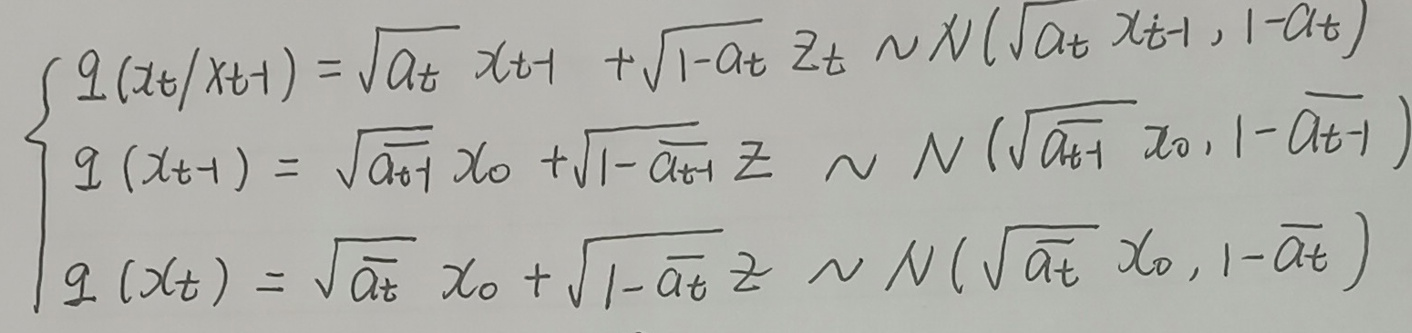
\[
\begin{cases}
q(x_t / x_{t - 1}) = \sqrt{\alpha_t} x_{t - 1} + \sqrt{1 - \alpha_t} z_t \sim \mathcal{N}(\sqrt{\alpha_t} x_{t - 1}, 1 - \alpha_t) \\
q(x_{t - 1}) = \sqrt{\overline{\alpha_{t - 1}}} x_0 + \sqrt{1 - \overline{\alpha_{t - 1}}} z \sim \mathcal{N}(\sqrt{\overline{\alpha_{t - 1}}} x_0, 1 - \overline{\alpha_{t - 1}}) \\
q(x_t) = \sqrt{\overline{\alpha_t}} x_0 + \sqrt{1 - \overline{\alpha_t}} z \sim \mathcal{N}(\sqrt{\overline{\alpha_t}} x_0, 1 - \overline{\alpha_t})
\end{cases}
\]